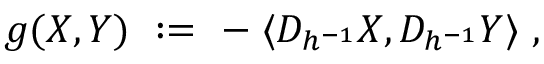
g ( X , Y ) \ : = \ - \; \langle D _ { h ^ { - 1 } } X , D _ { h ^ { - 1 } } Y \rangle \ ,